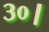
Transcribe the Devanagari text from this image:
३०।